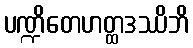
ပဏ္ဍိတေဟတ္ထဒဿိဘိ